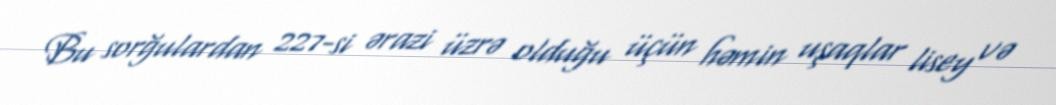
Bu sorğulardan 227-si ərazi üzrə olduğu üçün həmin uşaqlar lisey və